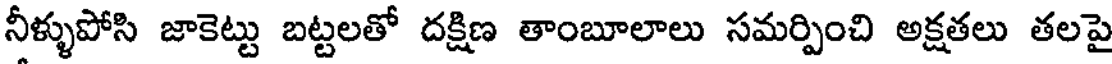
నీళ్ళుపోసి జాకెట్టు బట్టలతో దక్షిణ తాంబూలాలు సమర్పించి అక్షతలు తలపై